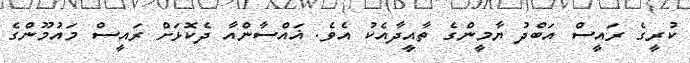
ކުރީގެ ރައީސް އަބްދު ޔާމީންގެ ތާއީދާއެކު އެވެ. ޣައްސާންއާ ދެކޮޅަށް ރައީސް މައުމޫންގެ